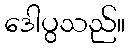
ဒေါပွသည်။